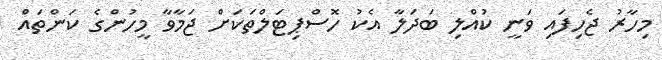
މިހާރު ޖެހިފައި ވަނީ ކުއްލި ބަދަލާ އެކު ހޮސްޕިޓަލްތަކަށް ޖަމާވާ މީހުންގެ ކަންތައް